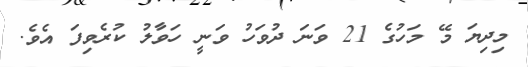
މިދިޔަ މޭ މަހުގެ 21 ވަނަ ދުވަހު ވަނީ ހަވާލު ކުރެވިފަ އެވެ.